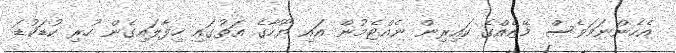
އެހެންނަމަވެސް މޭޒެއްގެ ކައިރިން ނެއްޓެމުން އައި ޔޫހާގެ އަތުގައި ހިފާލައިގެން ހުރި ކުޑަކުޑަ